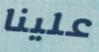
علينا